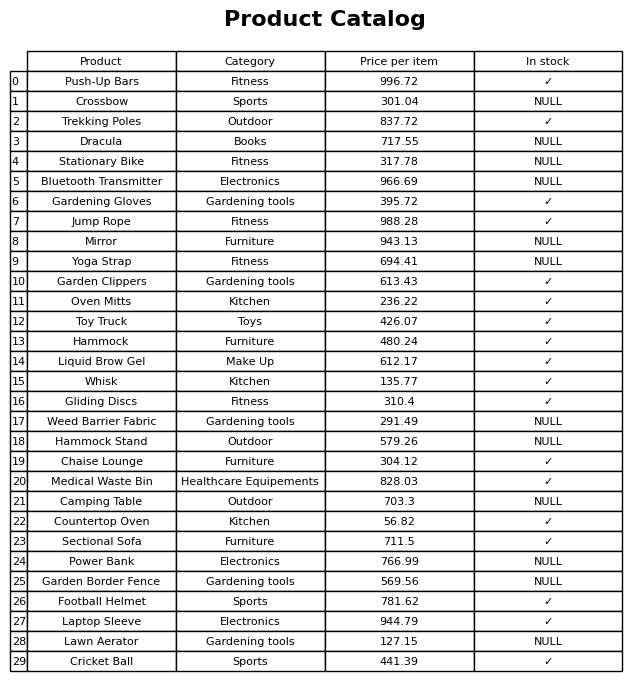
question: What is the price of the Hammock Stand?
answer: The price of Hammock Stand is 579.26.